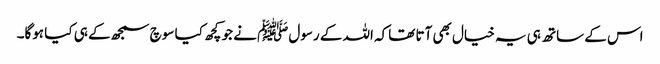
اس کے ساتھ ہی یہ خیال بھی آتا تھاکہ اللہ کے رسولﷺ نے جو کچھ کیا سوچ سمجھ کے ہی کیا ہوگا۔